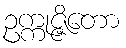
ဥက္ကုဇ္ဇိတော